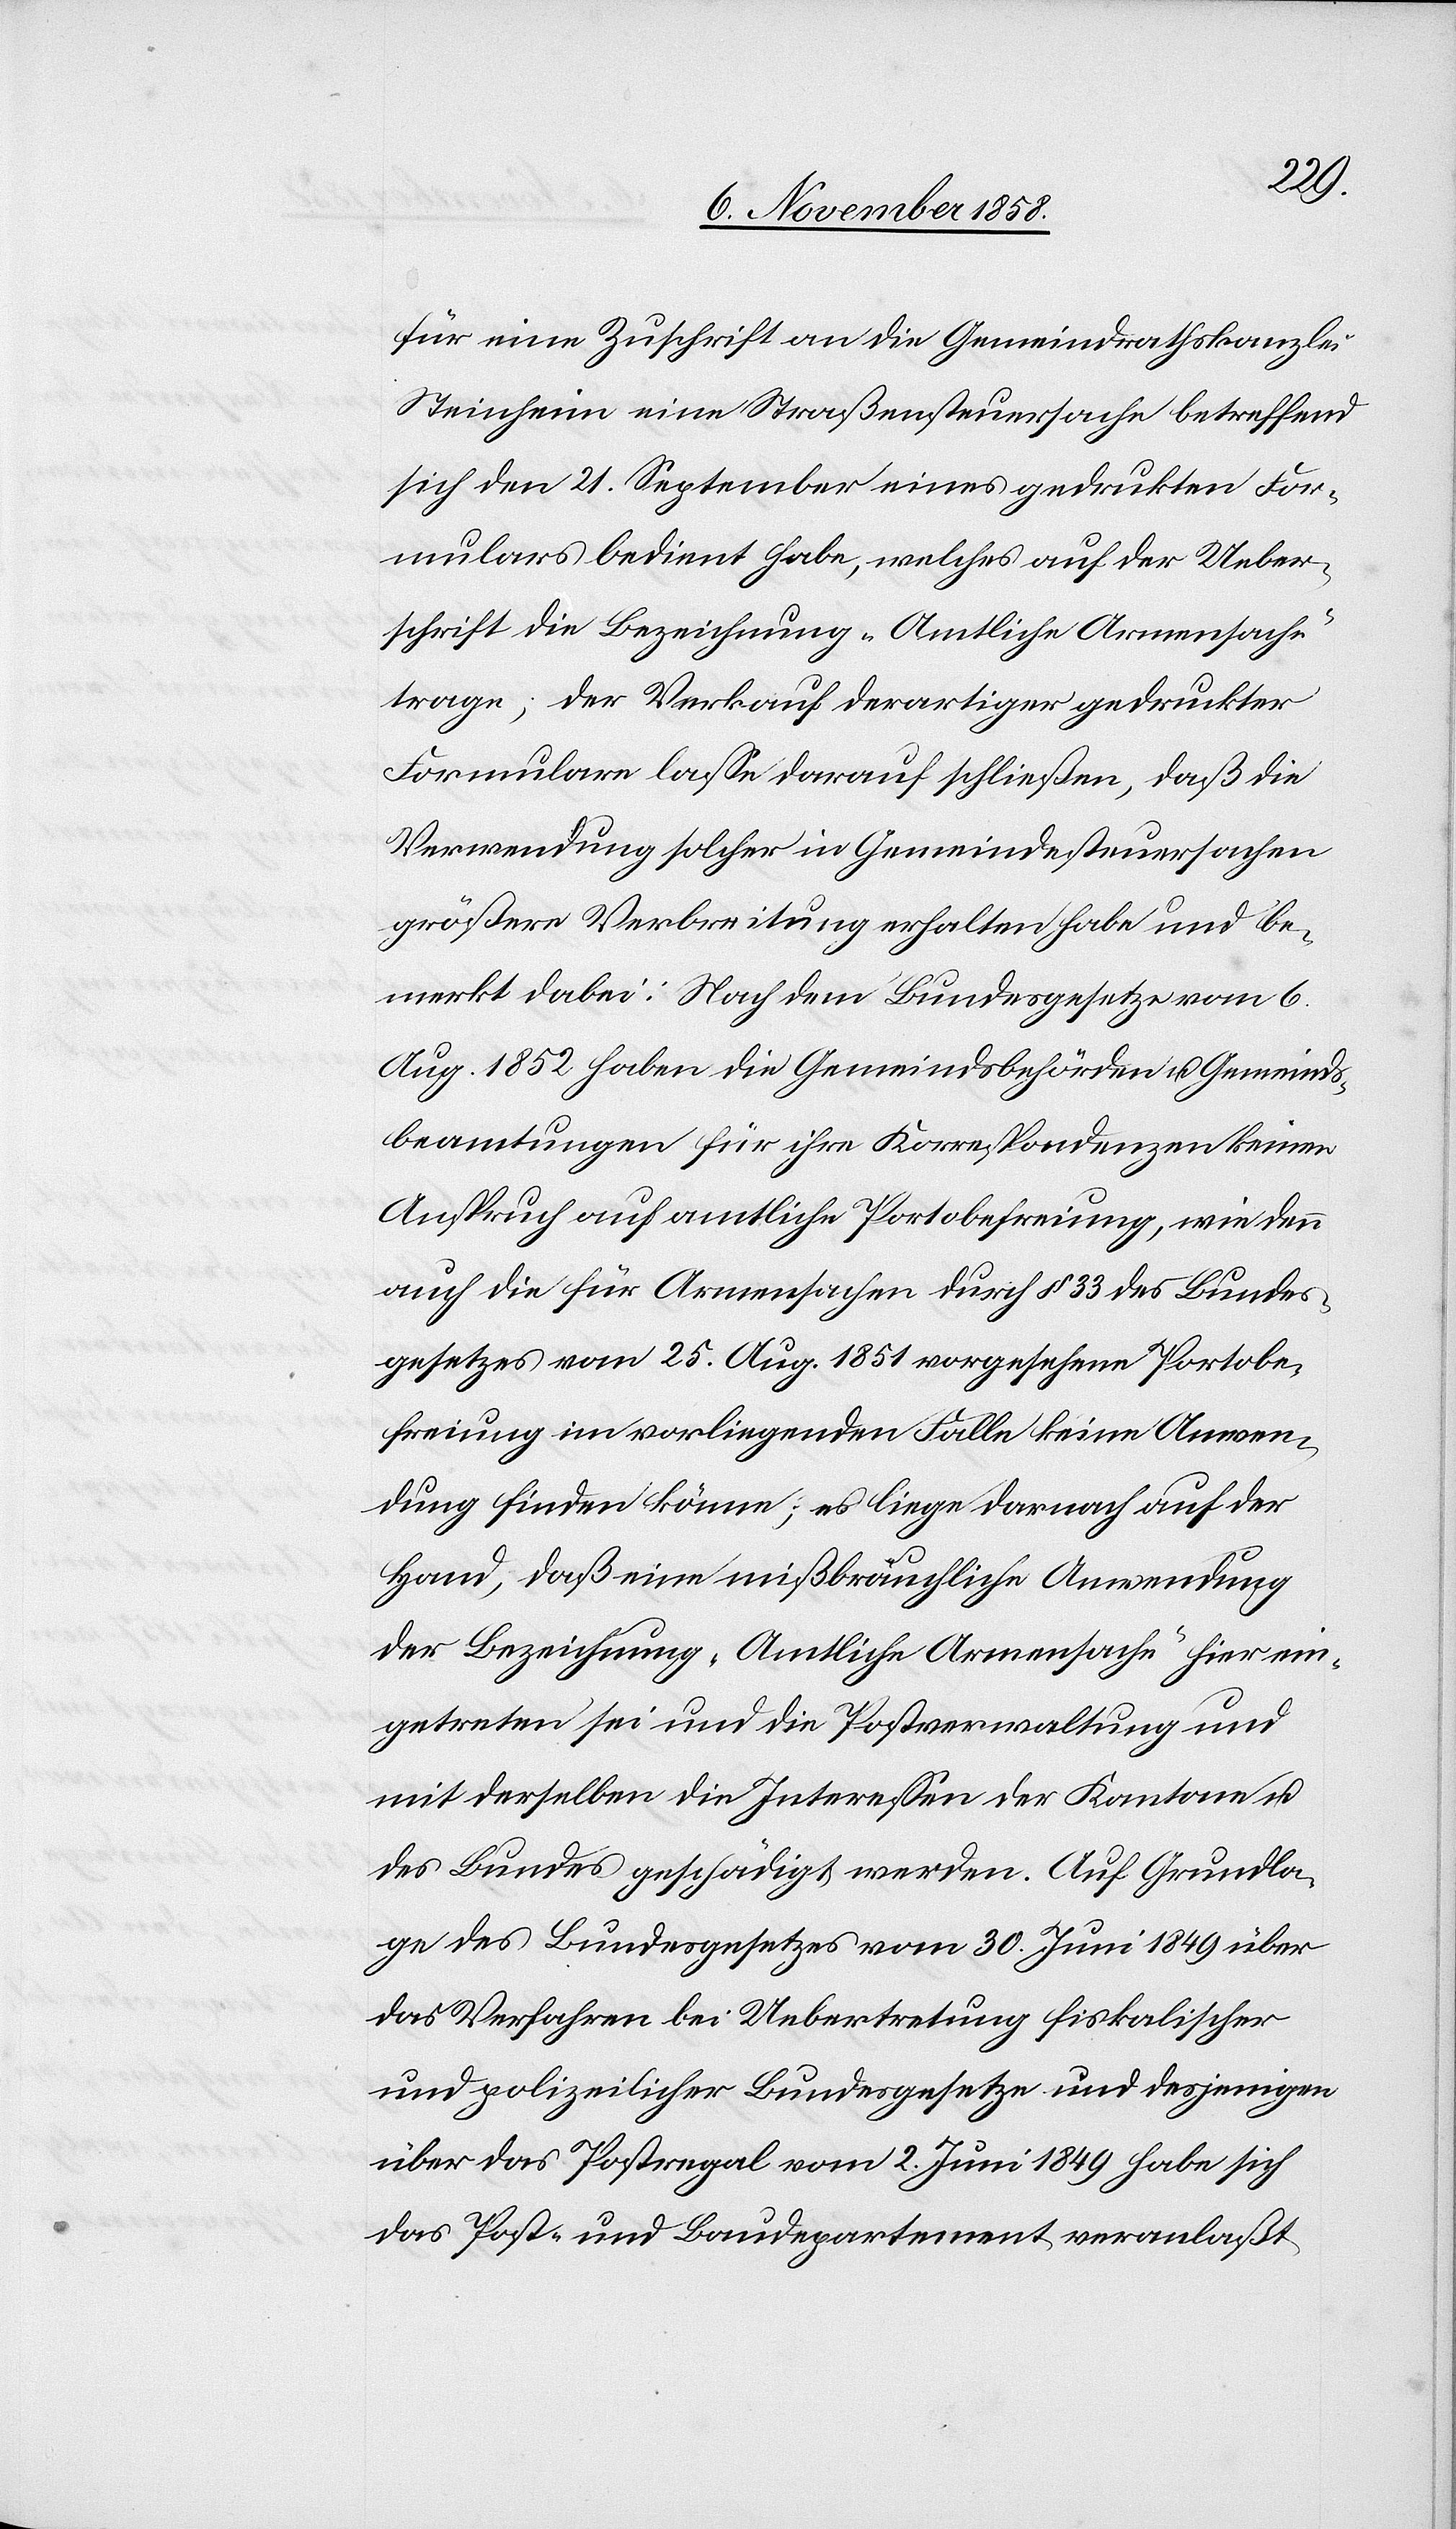
für eine Zuschrift an die Gemeindrathskanzlei
Steinheim eine Straßensteuersache betreffend
sich den 21. September eines gedru[c]kten For¬
mulars bedient habe, welches auf der Ueber¬
schrift die Bezeichnung „Amtliche Armensache“
trage; der Verkauf derartiger gedruckter
Formulare lasse darauf schließen, daß die
Verwendung solcher in Gemeindesteuersachen
größere Verbreitung erhalten habe und be¬
merkt dabei: Nach dem Bundesgesetze vom 6.
Aug. 1852 haben die Gemeindsbehörden u. Gemeinds¬
beamtungen für ihre Korrespondenzen keinen
Anspruch auf amtliche Portobefreiung, wie denn
auch die für Armensachen durch § 33 des Bundes¬
gesetzes vom 25. Aug. 1851 vorgesehene Portobe¬
freiung im vorliegenden Falle keine Anwen¬
dung finden könne; es liege darnach auf der
Hand, daß eine mißbräuchliche Anwendung
der Bezeichnung „Amtliche Armensache“ hier ein¬
getreten sei und die Postverwaltung und
mit derselben die Interessen der Kantone u.
des Bundes geschädigt werden. Auf Grundla¬
ge des Bundesgesetzes vom 30. Juni 1849 über
das Verfahren bei Uebertretung fiskalischer
und polizeilicher Bundesgesetze und desjenigen
über das Postregal vom 2. Juni 1849 habe sich
das Post- und Baudepartement veranlaßt